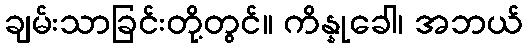
ချမ်းသာခြင်းတို့တွင်။ ကိန္နုခေါ၊ အဘယ်